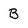
Character: B